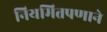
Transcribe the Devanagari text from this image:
नियमितपणाने